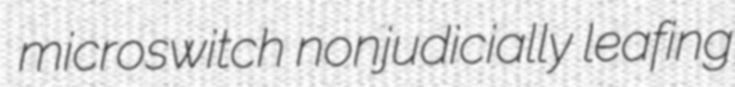
microswitch nonjudicially leafing